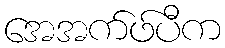
အေအက်ဖ်ပီက